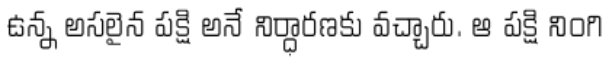
ఉన్న అసలైన పక్షి అనే నిర్ధారణకు వచ్చారు. ఆ పక్షి నింగి